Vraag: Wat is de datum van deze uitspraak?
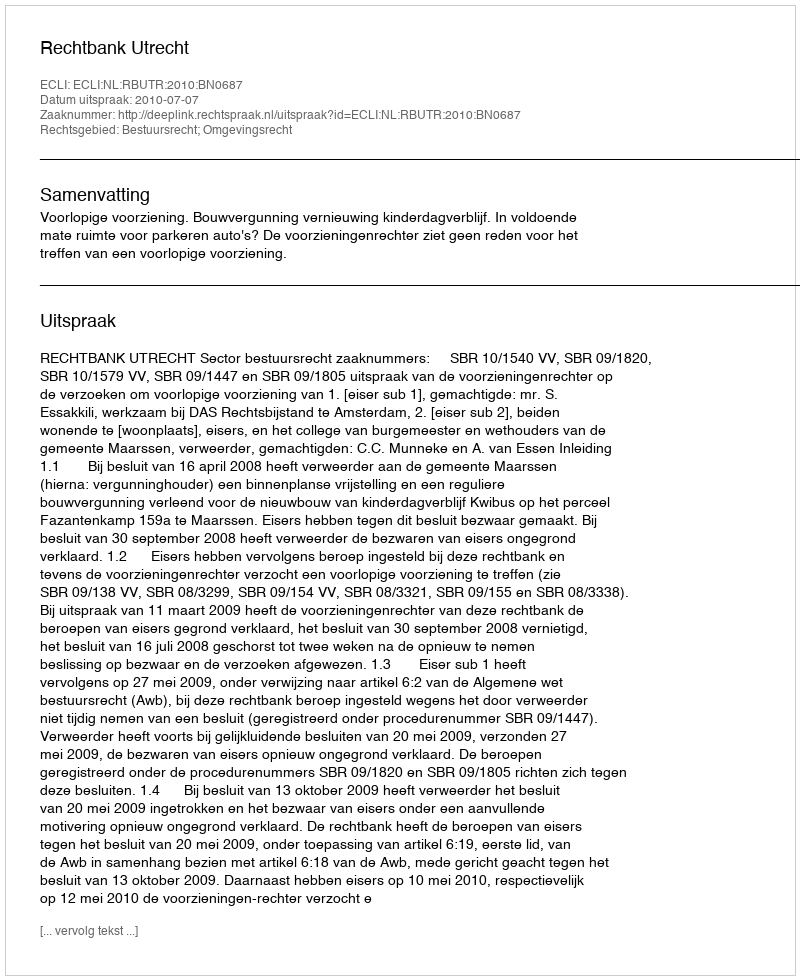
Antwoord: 2010-07-07